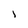
Character: 1